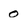
Character: o